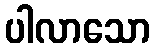
ပါလာသော